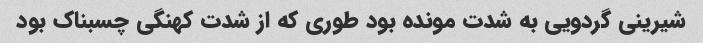
شیرینی گردویی به شدت مونده بود طوری که از شدت کهنگی چسبناک بود